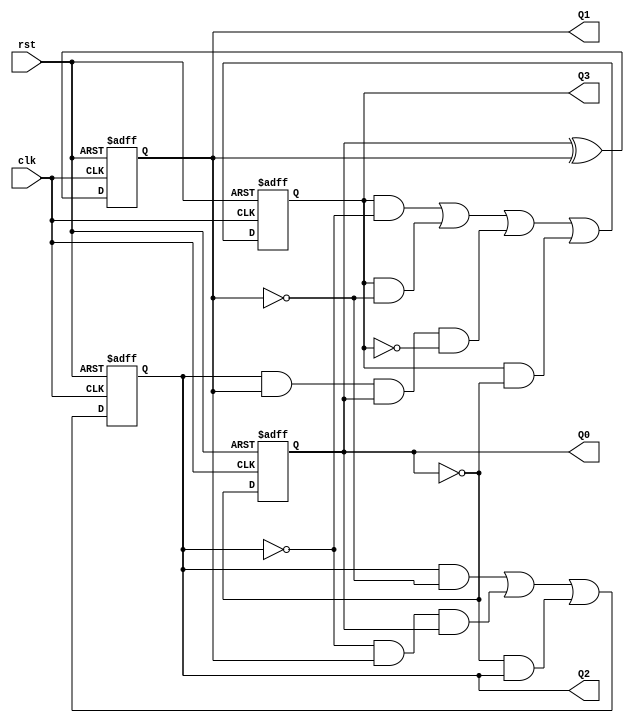
// Copyright (C) 2020  Intel Corporation. All rights reserved.
// Your use of Intel Corporation's design tools, logic functions 
// and other software and tools, and any partner logic 
// functions, and any output files from any of the foregoing 
// (including device programming or simulation files), and any 
// associated documentation or information are expressly subject 
// to the terms and conditions of the Intel Program License 
// Subscription Agreement, the Intel Quartus Prime License Agreement,
// the Intel FPGA IP License Agreement, or other applicable license
// agreement, including, without limitation, that your use is for
// the sole purpose of programming logic devices manufactured by
// Intel and sold by Intel or its authorized distributors.  Please
// refer to the applicable agreement for further details, at
// https://fpgasoftware.intel.com/eula.

// PROGRAM		"Quartus Prime"
// VERSION		"Version 20.1.1 Build 720 11/11/2020 SJ Lite Edition"
// CREATED		"Wed Dec 22 12:37:09 2021"

module count16(
	clk,
	rst,
	Q0,
	Q1,
	Q2,
	Q3
);


input wire	clk;
input wire	rst;
output wire	Q0;
output wire	Q1;
output wire	Q2;
output wire	Q3;

wire	SYNTHESIZED_WIRE_18;
wire	SYNTHESIZED_WIRE_1;
reg	SYNTHESIZED_WIRE_19;
wire	SYNTHESIZED_WIRE_20;
wire	SYNTHESIZED_WIRE_21;
reg	SYNTHESIZED_WIRE_22;
reg	SYNTHESIZED_WIRE_23;
wire	SYNTHESIZED_WIRE_4;
wire	SYNTHESIZED_WIRE_5;
wire	SYNTHESIZED_WIRE_6;
reg	SYNTHESIZED_WIRE_24;
wire	SYNTHESIZED_WIRE_10;
wire	SYNTHESIZED_WIRE_11;
wire	SYNTHESIZED_WIRE_12;
wire	SYNTHESIZED_WIRE_13;
wire	SYNTHESIZED_WIRE_14;
wire	SYNTHESIZED_WIRE_15;
wire	SYNTHESIZED_WIRE_16;

assign	Q0 = SYNTHESIZED_WIRE_23;
assign	Q1 = SYNTHESIZED_WIRE_22;
assign	Q2 = SYNTHESIZED_WIRE_19;
assign	Q3 = SYNTHESIZED_WIRE_24;




always@(posedge clk or negedge rst)
begin
if (!rst)
	begin
	SYNTHESIZED_WIRE_23 <= 0;
	end
else
	begin
	SYNTHESIZED_WIRE_23 <= SYNTHESIZED_WIRE_18;
	end
end


always@(posedge clk or negedge rst)
begin
if (!rst)
	begin
	SYNTHESIZED_WIRE_22 <= 0;
	end
else
	begin
	SYNTHESIZED_WIRE_22 <= SYNTHESIZED_WIRE_1;
	end
end

assign	SYNTHESIZED_WIRE_4 = SYNTHESIZED_WIRE_19 & SYNTHESIZED_WIRE_20;

assign	SYNTHESIZED_WIRE_5 = SYNTHESIZED_WIRE_21 & SYNTHESIZED_WIRE_22 & SYNTHESIZED_WIRE_23;

assign	SYNTHESIZED_WIRE_15 = SYNTHESIZED_WIRE_4 | SYNTHESIZED_WIRE_5 | SYNTHESIZED_WIRE_6;

assign	SYNTHESIZED_WIRE_11 = SYNTHESIZED_WIRE_24 & SYNTHESIZED_WIRE_21;

assign	SYNTHESIZED_WIRE_14 = SYNTHESIZED_WIRE_24 & SYNTHESIZED_WIRE_18;

assign	SYNTHESIZED_WIRE_12 = SYNTHESIZED_WIRE_24 & SYNTHESIZED_WIRE_20;

assign	SYNTHESIZED_WIRE_13 = SYNTHESIZED_WIRE_19 & SYNTHESIZED_WIRE_22 & SYNTHESIZED_WIRE_23 & SYNTHESIZED_WIRE_10;

assign	SYNTHESIZED_WIRE_16 = SYNTHESIZED_WIRE_11 | SYNTHESIZED_WIRE_12 | SYNTHESIZED_WIRE_13 | SYNTHESIZED_WIRE_14;


always@(posedge clk or negedge rst)
begin
if (!rst)
	begin
	SYNTHESIZED_WIRE_19 <= 0;
	end
else
	begin
	SYNTHESIZED_WIRE_19 <= SYNTHESIZED_WIRE_15;
	end
end


always@(posedge clk or negedge rst)
begin
if (!rst)
	begin
	SYNTHESIZED_WIRE_24 <= 0;
	end
else
	begin
	SYNTHESIZED_WIRE_24 <= SYNTHESIZED_WIRE_16;
	end
end

assign	SYNTHESIZED_WIRE_18 =  ~SYNTHESIZED_WIRE_23;

assign	SYNTHESIZED_WIRE_20 =  ~SYNTHESIZED_WIRE_22;

assign	SYNTHESIZED_WIRE_21 =  ~SYNTHESIZED_WIRE_19;

assign	SYNTHESIZED_WIRE_10 =  ~SYNTHESIZED_WIRE_24;

assign	SYNTHESIZED_WIRE_1 = SYNTHESIZED_WIRE_23 ^ SYNTHESIZED_WIRE_22;

assign	SYNTHESIZED_WIRE_6 = SYNTHESIZED_WIRE_18 & SYNTHESIZED_WIRE_19;


endmodule